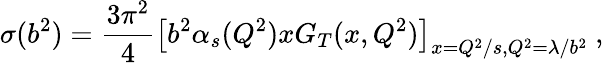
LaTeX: \sigma(b^{2})={\frac{3\pi^{2}}{4}}\left[b^{2}\alpha_{s}(Q^{2})xG_{T}(x,Q^{2})\right]_{x=Q^{2}/s,Q^{2}=\lambda/b^{2}}\ ,